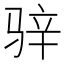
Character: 骍